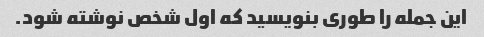
این جمله را طوری بنویسید که اول شخص نوشته شود.